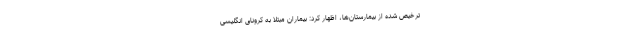
ترخیص شده از بیمارستان‌ها، اظهار کرد: بیماران مبتلا به کرونای انگلیسی